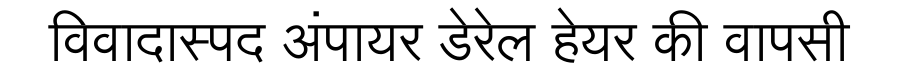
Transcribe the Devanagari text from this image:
विवादास्पद अंपायर डेरेल हेयर की वापसी